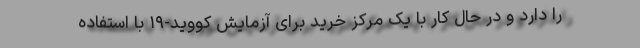
را دارد و در حال کار با یک مرکز خرید برای آزمایش کووید-۱۹ با استفاده